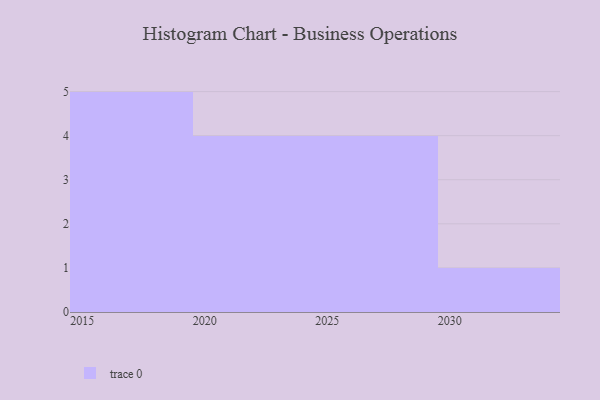
{"axis": {"x": "Year", "y": "Active Users"}, "legend": [""], "data": [{"x": "2019", "y": 74, "type": ""}, {"x": "2021", "y": 58, "type": ""}, {"x": "2027", "y": 33, "type": ""}, {"x": "2020", "y": 67, "type": ""}, {"x": "2029", "y": 30, "type": ""}, {"x": "2015", "y": 48, "type": ""}, {"x": "2017", "y": 48, "type": ""}, {"x": "2022", "y": 93, "type": ""}, {"x": "2018", "y": 59, "type": ""}, {"x": "2026", "y": 30, "type": ""}, {"x": "2016", "y": 88, "type": ""}, {"x": "2023", "y": 11, "type": ""}, {"x": "2025", "y": 90, "type": ""}, {"x": "2030", "y": 34, "type": ""}]}